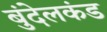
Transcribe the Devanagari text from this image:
बुंदेलकंड